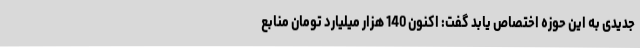
جدیدی به این حوزه اختصاص یابد گفت: اکنون 140 هزار میلیارد تومان منابع